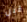
قبل